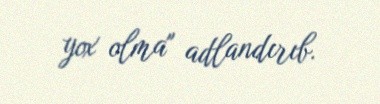
yox olma" adlandırıb.